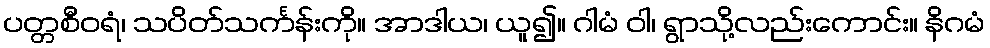
ပတ္တစီဝရံ၊ သပိတ်သင်္ကန်းကို။ အာဒါယ၊ ယူ၍။ ဂါမံ ဝါ၊ ရွာသို့လည်းကောင်း။ နိဂမံ